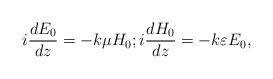
LaTeX: \begin{align*}i \frac{dE_0}{dz} = - k \mu H_0;i \frac{d H_0}{dz} = - k\varepsilon E_0,\end{align*}